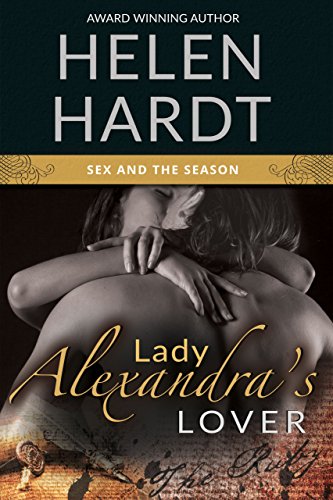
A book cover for Lady Alexandra's Lover (Sex and the Season: Three); Helen Hardt; Romance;